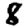
Digit: 8